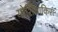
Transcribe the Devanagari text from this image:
योशियाकिरा